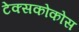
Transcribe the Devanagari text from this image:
टेक्सकोकोस